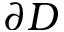
\partial { D }